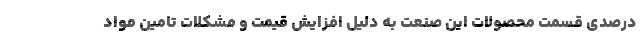
درصدی قسمت محصولات این صنعت به دلیل افزایش قیمت و مشکلات تامین مواد